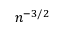
n ^ { - 3 / 2 }